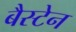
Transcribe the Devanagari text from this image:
बैस्टेन